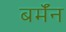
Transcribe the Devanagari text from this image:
बर्मॅन